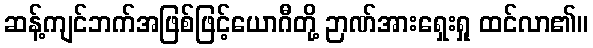
ဆန့်ကျင်ဘက်အဖြစ်ဖြင့်ယောဂီတို့ ဉာဏ်အားရှေးရှု ထင်လာ၏။